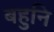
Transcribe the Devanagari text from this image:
बहुनि